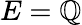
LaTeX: E=\mathbb{Q}